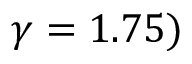
\gamma = 1 . 7 5 )